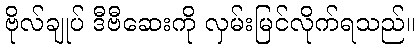
ဗိုလ်ချုပ် ဒီဗီဆေးကို လှမ်းမြင်လိုက်ရသည်။